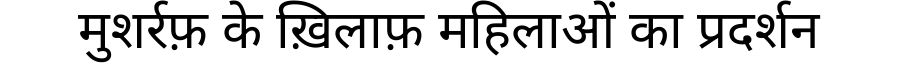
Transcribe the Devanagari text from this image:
मुशर्रफ़ के ख़िलाफ़ महिलाओं का प्रदर्शन